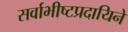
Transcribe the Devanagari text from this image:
सर्वाभीष्टप्रदायिने